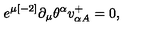
e ^ { \mu { [ - 2 ] } } \partial _ { \mu } \theta ^ { \alpha } v _ { \alpha { A } } ^ { { + } } = 0 ,